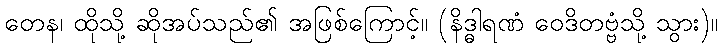
တေန၊ ထိုသို့ ဆိုအပ်သည်၏ အဖြစ်ကြောင့်။ (နိဒ္ဓါရဏံ ဝေဒိတဗ္ဗံသို့ သွား)။